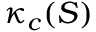
\kappa _ { c } ( S )